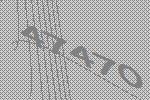
47470